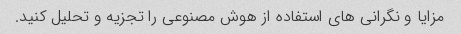
مزایا و نگرانی های استفاده از هوش مصنوعی را تجزیه و تحلیل کنید.